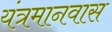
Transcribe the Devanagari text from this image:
यंत्रमानवास